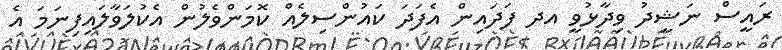
ރައީސް ނަޝީދު ވިދާޅުވީ އދ ފަދައިން އެފަދަ ކައުންސިލެއް ކޮމަންވެލުން އެކުލަވާލައިފިނަމަ އެ